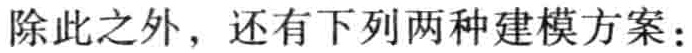
除此之外，还有下列两种建模方案：